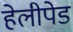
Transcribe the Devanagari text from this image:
हेलीपेड